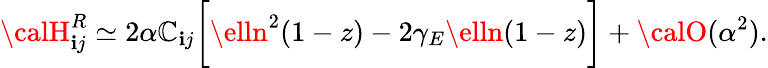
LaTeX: {\calH}_{\mathbf{i}j}^{R}\simeq2\alpha\mathbb{C}_{\mathbf{i}j}\biggl[\elln^{2}(1-z)-2\gamma_{E}\elln(1-z)\biggr]+{\calO}(\alpha^{2}).